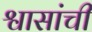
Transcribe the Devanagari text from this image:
श्वासांची